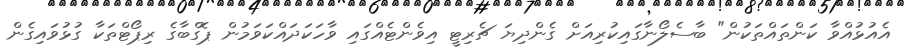
އެއުޅުއްވާ ކަންތައްތަކުން" ބާސެލޯނާގައިކުރިއަށް ގެންދިޔަ ޗެރިޓީ އިވެންޓެއްގައި ވާހަކަދައްކަވަމުން ޕޮގްބާގެ ރިޕޯޓްތަކާ ގުޅުވައިގެން